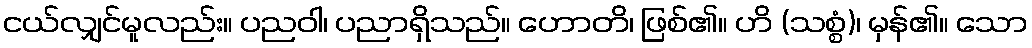
ငယ်လျှင်မူလည်း။ ပညဝါ၊ ပညာရှိသည်။ ဟောတိ၊ ဖြစ်၏။ ဟိ (သစ္စံ)၊ မှန်၏။ သော